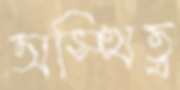
অস্থিত্ব